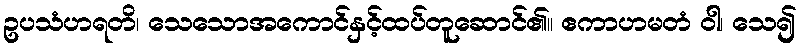
ဥပသံဟရတိ၊ သေသောအကောင်နှင့်ထပ်တူဆောင်၏။ ဧကာဟမတံ ဝါ၊ သေ၍